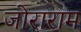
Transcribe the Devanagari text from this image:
जोराराम